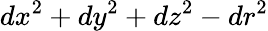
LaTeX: dx^{2}+dy^{2}+dz^{2}-dr^{2}